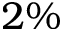
2 \%